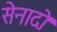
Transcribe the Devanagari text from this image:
सेनादो